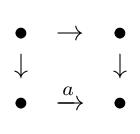
{\begin{matrix}\bullet &\to &\bullet \\\downarrow &&\downarrow \\\bullet &\xrightarrow {a} &\bullet \end{matrix}}